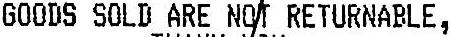
GOODS SOLD ARE NOT RETURNABLE,